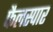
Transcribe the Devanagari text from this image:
फैलस्पार